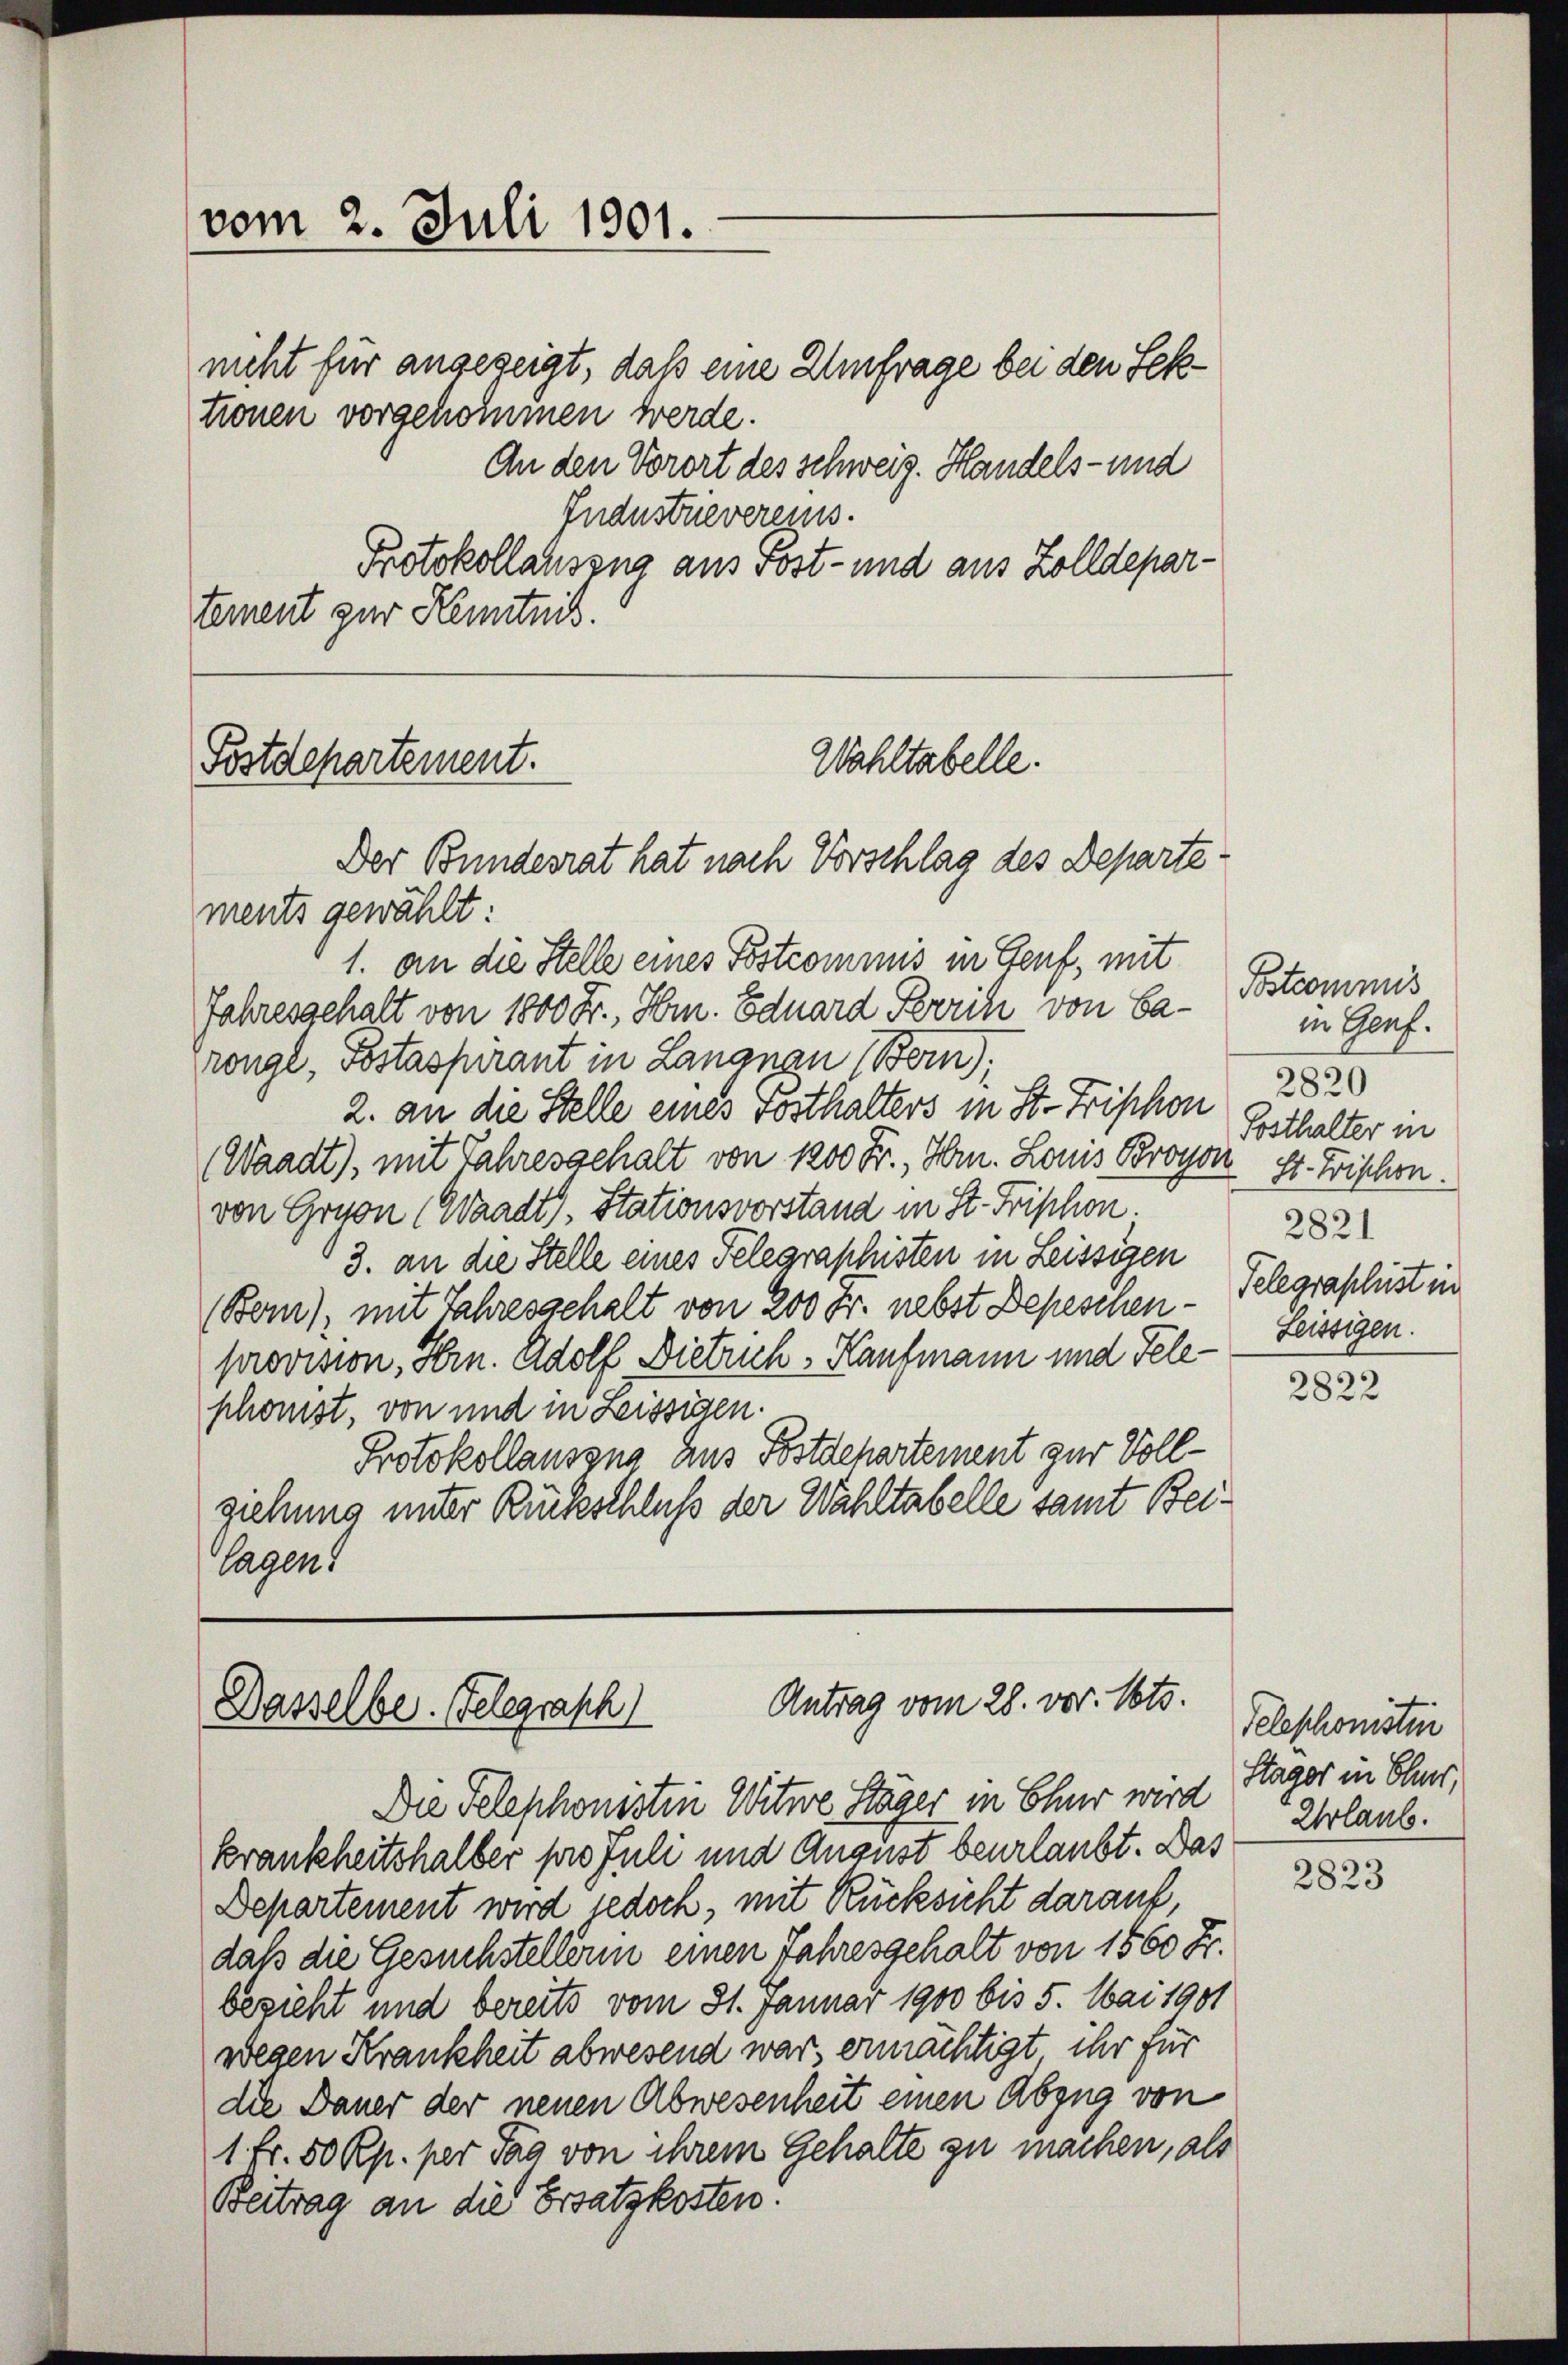
vom 2. Juli 1901.
nicht für angezeigt, daß eine Umfrage bei den Sektionen vorgekommen werde.

Industrevereins.
Protokollauszug aus Post- und aus Zolldepartement zur Kenntnis.

Wahltabelle.
Postdepartement.
Der Bundesrat hat nach Vorschlag des Departe¬

ments gewählt:
1. an die Stelle eines Postcommis in Genf, mit
Jahresgehalt von 1000 Fr., Hrn. Eduard Zürich von Carongl, Postaspirant in Langnau (Bern,
2. an die Stelle eines Posthalters in St. Frischon 820
(Waadt), mit Jahresgehalt von 1200 Fr., Hrn. Louis Broyon St. Fischen.
von Gruon (Waadt, Stationsvorstand in St. Friphon.
3. an die Stelle eines Telegraphisten in Leissigen 282
(Bern), mit Jahresgehalt von 200 Fr. nebst Depeschenprovision, Hrn. Adolf Dietrich, Kaufmann und Teleschonist, von und in Leissigen.
Protokollausens aus Postdehartement zur Vollziehung unter Rückschluß der Wahltabelle samt Beilagen.

An den Vorort des Schweiz. Handels- und

Postcommis
in Genf.
Tosthalter in
Telegraphist in
Leissigen.

Antrag vom 28. vor. Mts.
Dasselbe. Gelegrasch

Die Telephonisten Witwe Stäger in Chur wird
krankheitshalber pro Juli und August beurlaubt. Das
Departement wird jedoch, mit Rücksicht darauf
daß die Gesuchstellern einen Jahresgehalt von 1560 Fr.
bezieht und bereits vom 31. Januar 1900 bis 5. Mai 1901
wegen Krankheit abwesend war ermächtigt ihr für
die Dauer der neuen Abwesenheit einen Abzug von
1 fr. 50 Rp. per Tag von ihrem Gehalte zu machen, als
Beitrag an die Ersatzkosten.

2822

Telephonisten
Stager in Oles,
Urlaub.

2823